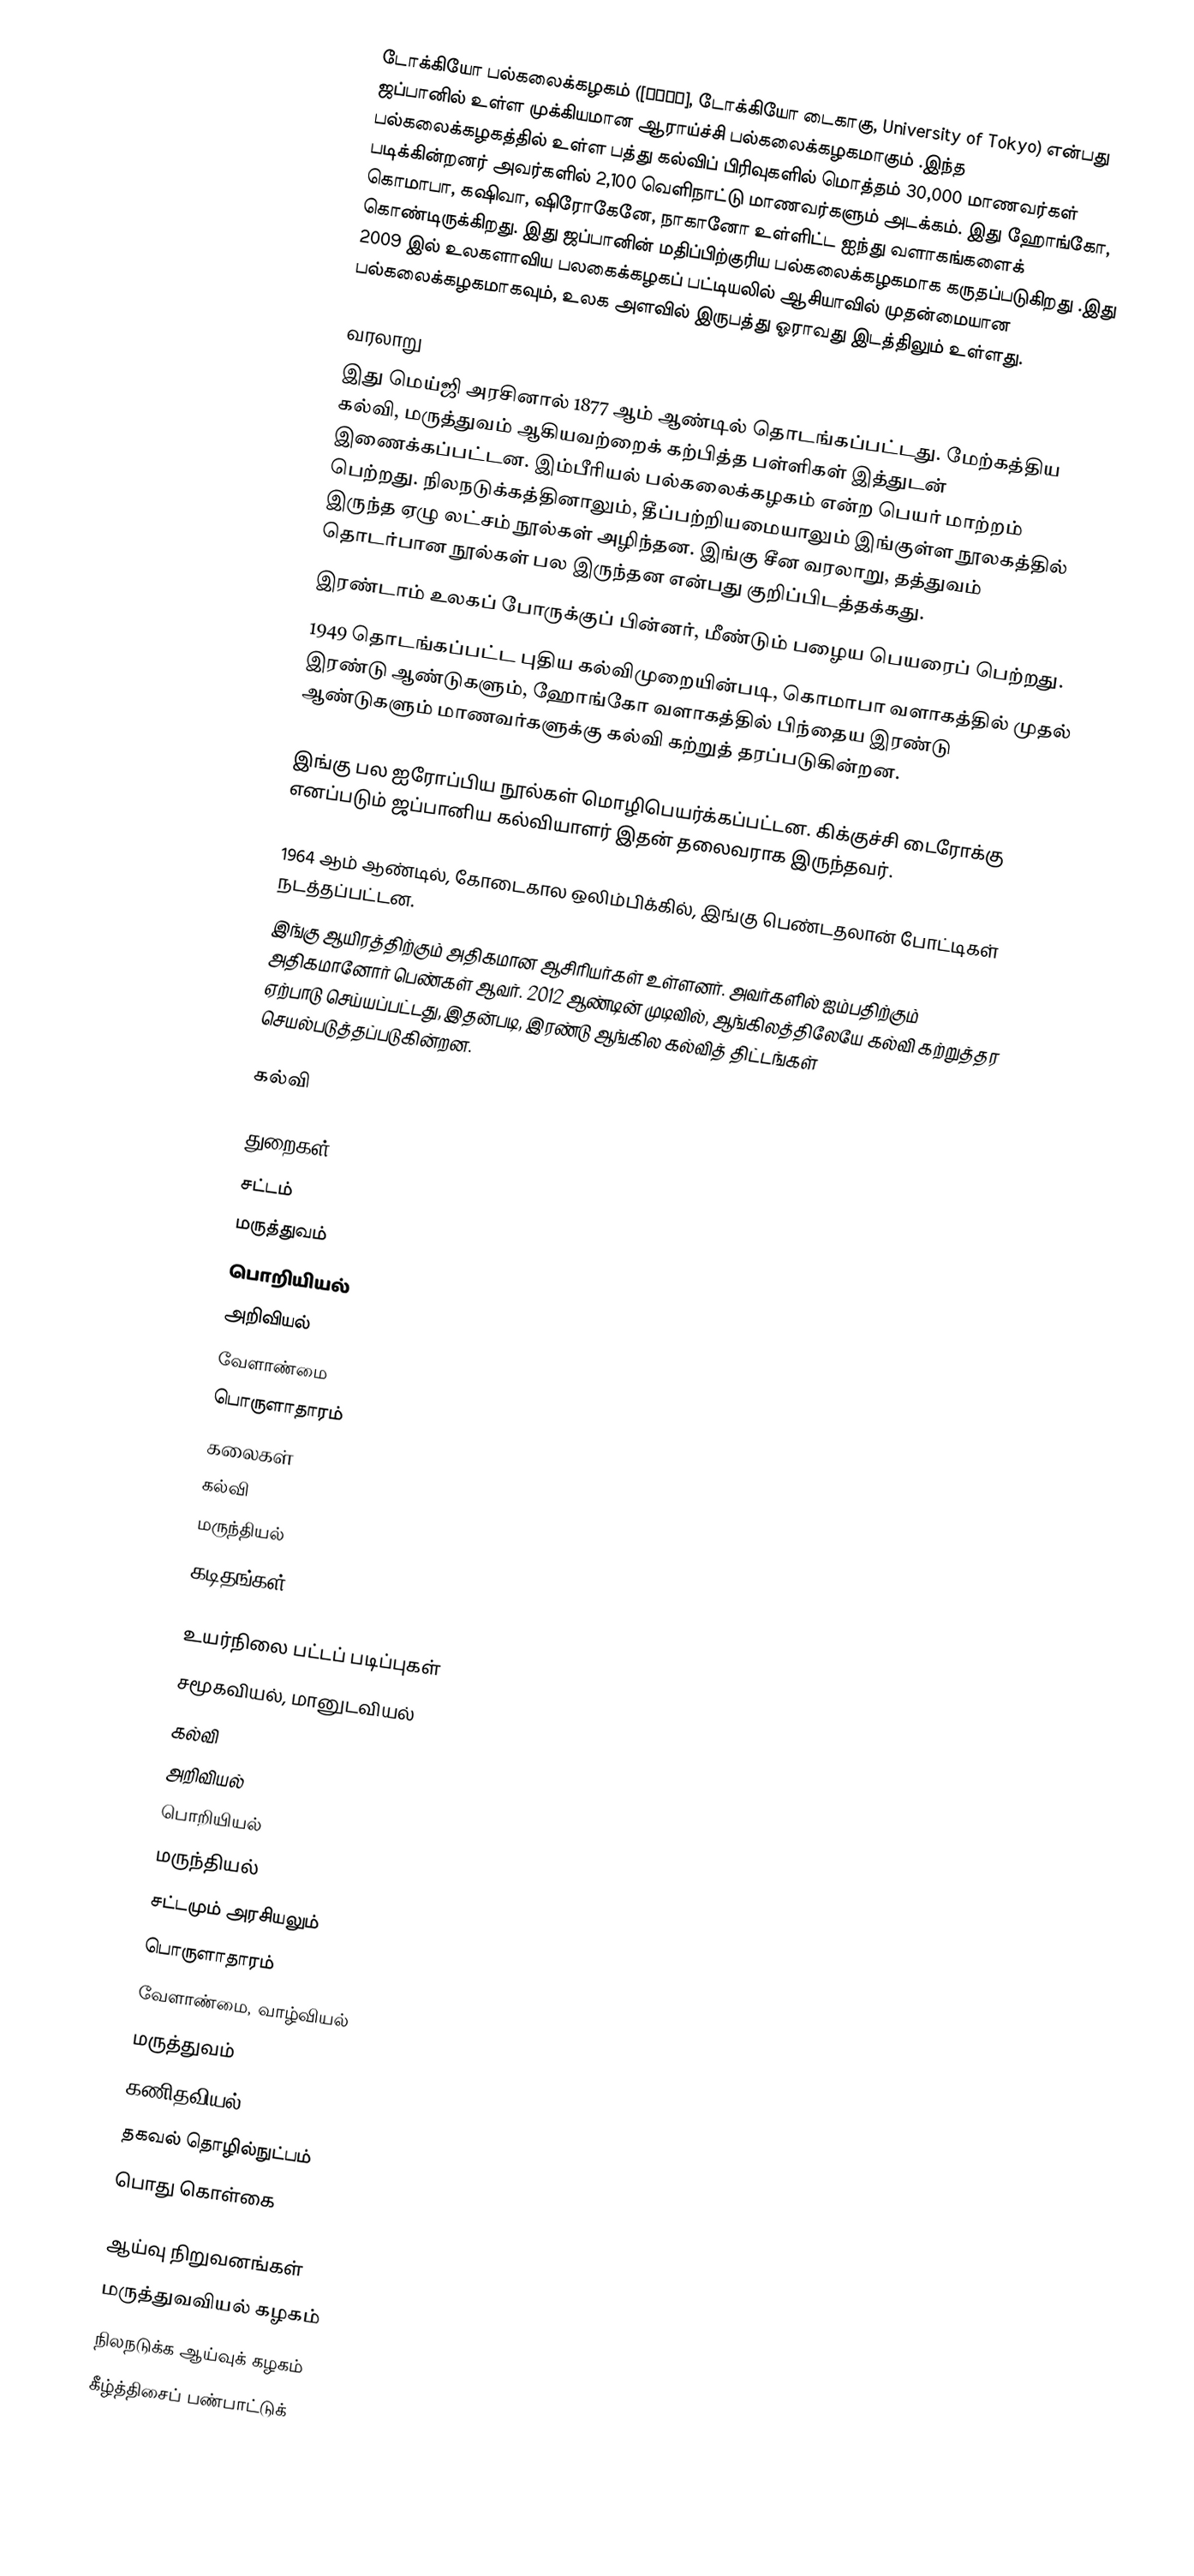
டோக்கியோ பல்கலைக்கழகம் ([東京大学], டோக்கியோ டைகாகு, University of Tokyo) என்பது ஜப்பானில் உள்ள முக்கியமான ஆராய்ச்சி பல்கலைக்கழகமாகும் .இந்த பல்கலைக்கழகத்தில் உள்ள பத்து கல்விப் பிரிவுகளில் மொத்தம் 30,000 மாணவர்கள் படிக்கின்றனர்  அவர்களில் 2,100 வெளிநாட்டு மாணவர்களும் அடக்கம். இது ஹோங்கோ, கொமாபா, கஷிவா, ஷிரோகேனே, நாகானோ உள்ளிட்ட ஐந்து வளாகங்களைக் கொண்டிருக்கிறது. இது ஜப்பானின் மதிப்பிற்குரிய பல்கலைக்கழகமாக கருதப்படுகிறது .இது 2009 இல் உலகளாவிய பலகைக்கழகப் பட்டியலில் ஆசியாவில் முதன்மையான பல்கலைக்கழகமாகவும், உலக அளவில் இருபத்து ஓராவது இடத்திலும் உள்ளது.

வரலாறு
இது மெய்ஜி அரசினால் 1877 ஆம் ஆண்டில் தொடங்கப்பட்டது. மேற்கத்திய கல்வி, மருத்துவம் ஆகியவற்றைக் கற்பித்த பள்ளிகள் இத்துடன் இணைக்கப்பட்டன. இம்பீரியல் பல்கலைக்கழகம் என்ற பெயர் மாற்றம் பெற்றது. நிலநடுக்கத்தினாலும், தீப்பற்றியமையாலும் இங்குள்ள நூலகத்தில் இருந்த ஏழு லட்சம் நூல்கள் அழிந்தன. இங்கு சீன வரலாறு, தத்துவம் தொடர்பான நூல்கள் பல இருந்தன என்பது குறிப்பிடத்தக்கது.
இரண்டாம் உலகப் போருக்குப் பின்னர், மீண்டும் பழைய பெயரைப் பெற்றது.
1949 தொடங்கப்பட்ட புதிய கல்விமுறையின்படி, கொமாபா வளாகத்தில் முதல் இரண்டு ஆண்டுகளும், ஹோங்கோ வளாகத்தில் பிந்தைய இரண்டு ஆண்டுகளும் மாணவர்களுக்கு கல்வி கற்றுத் தரப்படுகின்றன.

இங்கு பல ஐரோப்பிய நூல்கள் மொழிபெயர்க்கப்பட்டன. கிக்குச்சி டைரோக்கு எனப்படும் ஜப்பானிய கல்வியாளர் இதன் தலைவராக இருந்தவர்.

1964 ஆம் ஆண்டில், கோடைகால ஒலிம்பிக்கில், இங்கு பெண்டதலான் போட்டிகள் நடத்தப்பட்டன.
இங்கு ஆயிரத்திற்கும் அதிகமான ஆசிரியர்கள் உள்ளனர். அவர்களில் ஐம்பதிற்கும் அதிகமானோர் பெண்கள் ஆவர். 2012 ஆண்டின் முடிவில், ஆங்கிலத்திலேயே கல்வி கற்றுத்தர ஏற்பாடு செய்யப்பட்டது, இதன்படி, இரண்டு ஆங்கில கல்வித் திட்டங்கள் செயல்படுத்தப்படுகின்றன.

கல்வி

துறைகள்
சட்டம்
மருத்துவம்
பொறியியல்
அறிவியல்
வேளாண்மை
பொருளாதாரம்
கலைகள்
கல்வி
மருந்தியல்
கடிதங்கள்

உயர்நிலை பட்டப் படிப்புகள்
சமூகவியல், மானுடவியல்
கல்வி
அறிவியல்
பொறியியல்
மருந்தியல்
சட்டமும் அரசியலும்
பொருளாதாரம்
வேளாண்மை, வாழ்வியல்
மருத்துவம்
கணிதவியல்
தகவல் தொழில்நுட்பம்
பொது கொள்கை

ஆய்வு நிறுவனங்கள்
 மருத்துவவியல் கழகம்
 நிலநடுக்க ஆய்வுக் கழகம்
 கீழ்த்திசைப் பண்பாட்டுக்